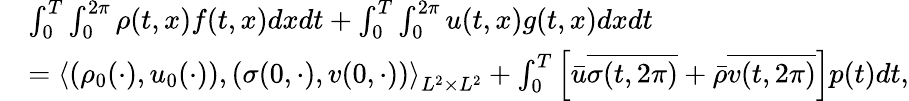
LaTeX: \begin{array}{rl}&{\int_{0}^{T}\int_{0}^{2\pi}\rho(t,x)f(t,x)dxdt+\int_{0}^{T}\int_{0}^{2\pi}u(t,x)g(t,x)dxdt}\\ &{=\left\langle(\rho_{0}(\cdot),u_{0}(\cdot)),(\sigma(0,\cdot),v(0,\cdot))\right\rangle_{L^{2}\times L^{2}}+\int_{0}^{T}\left[\bar{u}\overline{{\sigma(t,2\pi)}}+\bar{\rho}\overline{{v(t,2\pi)}}\right]p(t)dt,}\end{array}